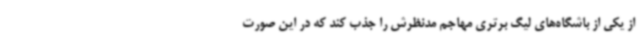
از یکی از باشگاه‌های لیگ برتری مهاجم مدنظرش را جذب کند که در این صورت